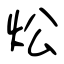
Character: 炂